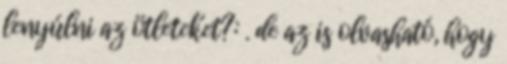
lenyúlni az ötleteket?: . de az is olvasható, hogy